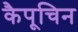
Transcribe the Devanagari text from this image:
कैपूचिन